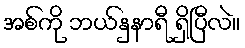
အစ်ကို ဘယ်နှနာရီ ရှိပြီလဲ။